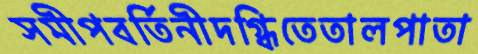
সমীপবর্তিনীদগ্ধিতেতালপাতা